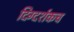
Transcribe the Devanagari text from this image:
दिग्दर्शकच